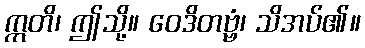
ဣတိ၊ ဤသို့။ ဝေဒိတဗ္ဗံ၊ သိအပ်၏။